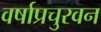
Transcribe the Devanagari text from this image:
वर्षाप्रचुरवन